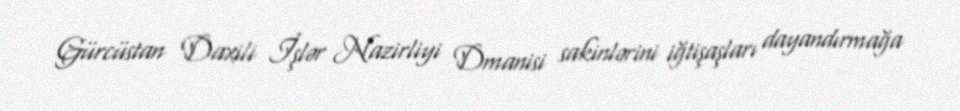
Gürcüstan Daxili İşlər Nazirliyi Dmanisi sakinlərini iğtişaşları dayandırmağa